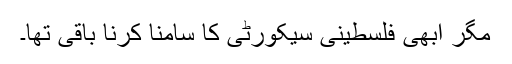
مگر ابھی فلسطینی سیکورٹی کا سامنا کرنا باقی تھا۔